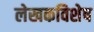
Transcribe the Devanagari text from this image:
लेखकविशेष